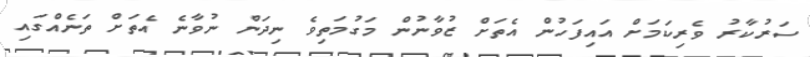
ސަރުކާރު ވެރިކަމަށް އައިފަހުން އެތަށް ޒުވާނުން މަގުމަތިވެ ނިދަން ނުވާނެ އެތަށް ތަނެއްގައި